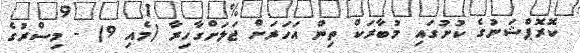
ކޮރޮޕްޝަނުގެ ކުށުގައި މުބާރަކް ތިން އަހަރަށް ޖަލަށްގާހިރާ (މެއި 9) - މިސްރުގެ